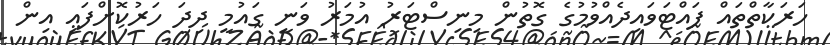
ހަރަކާތްތައް ފައްޓަވައިދެއްވުމުގެ ގޮތުން މިނިސްޓަރު އުމަރު ވަނީ ގައުމީ ދިދަ ހަރުކޮށްފައި އިން